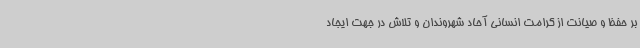
بر حفظ و صیانت از کرامت انسانی آحاد شهروندان و تلاش در جهت ایجاد